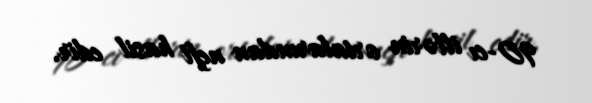
90-cı illərin ortalarından neft hasil edir.